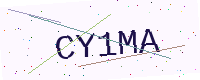
Text: CY1MA